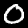
Label: 0